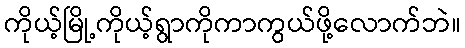
ကိုယ့်မြို့ကိုယ့်ရွာကိုကာကွယ်ဖို့လောက်ဘဲ။